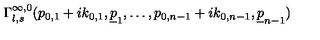
\Gamma _ { l , s } ^ { \infty , 0 } ( p _ { 0 , 1 } + i k _ { 0 , 1 } , \underline { { p } } _ { 1 } , \ldots , p _ { 0 , n - 1 } + i k _ { 0 , n - 1 } , \underline { { p } } _ { n - 1 } )